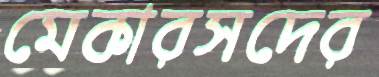
মেকারসদের